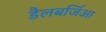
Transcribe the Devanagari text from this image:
डैलबर्जिआ